Elephants and their diseases
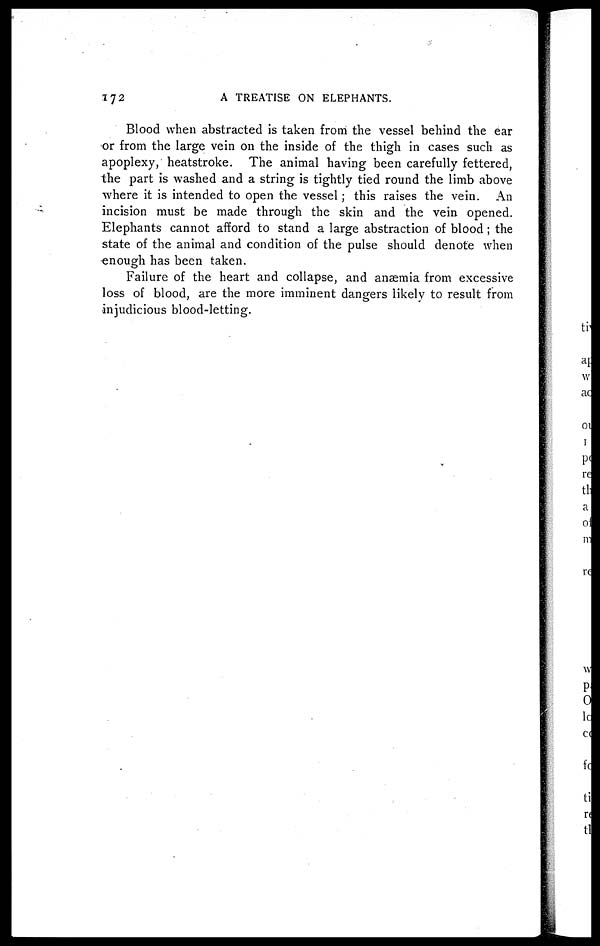
172
A TREATISE ON ELEPHANTS.
Blood when abstracted is taken from the vessel behind the ear
or from the large vein on the inside of the thigh in cases such as
apoplexy, heatstroke. The animal having been carefully fettered,
the part is washed and a string is tightly tied round the limb above
where it is intended to open the vessel; this raises the vein. An
incision must be made through the skin and the vein opened.
Elephants cannot afford to stand a large abstraction of blood ; the
state of the animal and condition of the pulse should denote when
enough has been taken.
Failure of the heart and collapse, and anaemia from excessive
loss of blood, are the more imminent dangers likely to result from
injudicious blood-letting.